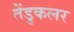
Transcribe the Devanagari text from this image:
तेंडुकलर